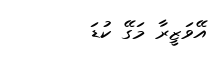
އޭވަޒީރާ މަގޭ ކުޑަ